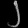
Digit: ၂